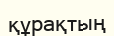
құрақтың